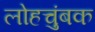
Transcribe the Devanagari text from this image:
लोहचुंबक